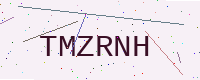
Text: TMZRNH